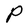
Character: P